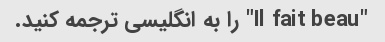
"Il fait beau" را به انگلیسی ترجمه کنید.